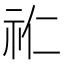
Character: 𮵘